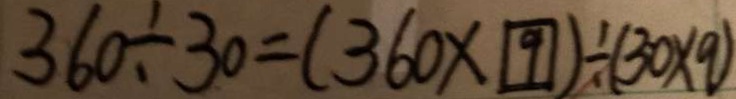
3 6 0 \div 3 0 = ( 3 6 0 \times \textcircled { 9 } ) \div ( 3 0 \times 9 )